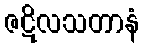
ဇဋိလသတာနံ